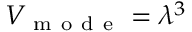
V _ { \mathrm { ~ m ~ o ~ d ~ e ~ } } = \lambda ^ { 3 }